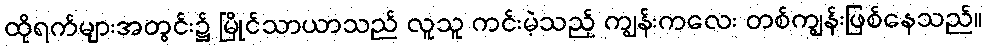
ထိုရက်များအတွင်း၌ မြိုင်သာယာသည် လူသူ ကင်းမဲ့သည့် ကျွန်းကလေး တစ်ကျွန်းဖြစ်နေသည်။